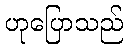
ဟုပြောသည်